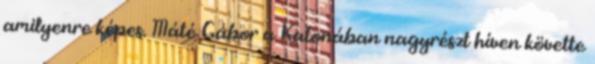
amilyenre képes. Máté Gábor a Katonában nagyrészt híven követte